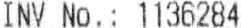
INV NO.: 1136284